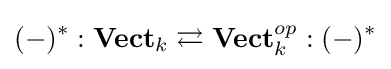
(-)^{*}:\mathbf {Vect} _{k}\rightleftarrows \mathbf {Vect} _{k}^{op}:(-)^{*}